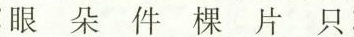
眼朵件棵片只